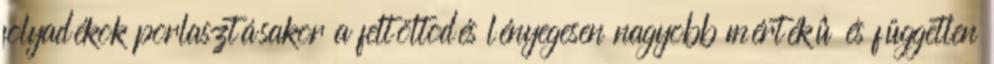
folyadékok porlasztásakor a feltöltõdés lényegesen nagyobb mértékû és független